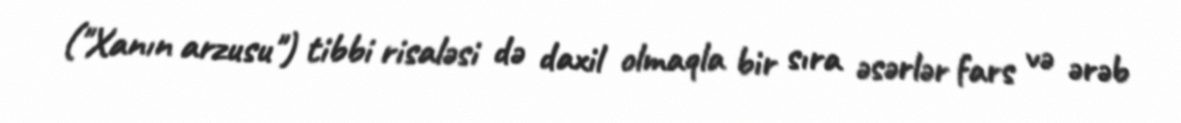
("Xanın arzusu") tibbi risaləsi də daxil olmaqla bir sıra əsərlər fars və ərəb